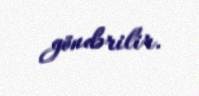
göndərilir.